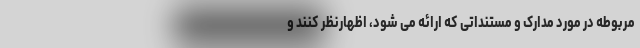
مربوطه در مورد مدارک و مستنداتی که ارائه می شود، اظهارنظر کنند و